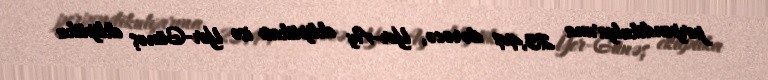
perpendikulyarına 23,44 dərəcə, Yer-Ay ekliptikası isə Yer-Günəş ekliptika